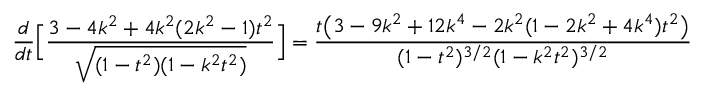
\frac { d } { d t } \Big [ \frac { 3 - 4 k ^ { 2 } + 4 k ^ { 2 } ( 2 k ^ { 2 } - 1 ) t ^ { 2 } } { \sqrt { ( 1 - t ^ { 2 } ) ( 1 - k ^ { 2 } t ^ { 2 } ) } } \Big ] = \frac { t \big ( 3 - 9 k ^ { 2 } + 1 2 k ^ { 4 } - 2 k ^ { 2 } ( 1 - 2 k ^ { 2 } + 4 k ^ { 4 } ) t ^ { 2 } \big ) } { ( 1 - t ^ { 2 } ) ^ { 3 / 2 } ( 1 - k ^ { 2 } t ^ { 2 } ) ^ { 3 / 2 } }